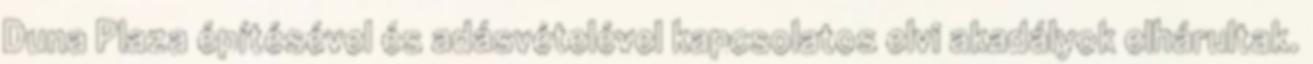
Duna Plaza építésével és adásvételével kapcsolatos elvi akadályok elhárultak.